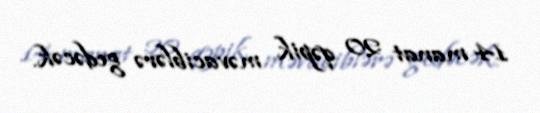
14 manat 20 qəpik məvaciblərə gedəcək.